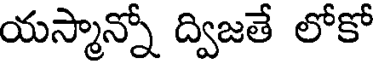
యస్మాన్నో ద్విజతే లోకో